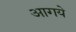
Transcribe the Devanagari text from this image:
आगये